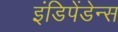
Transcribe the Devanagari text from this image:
इंडिपेंडेन्स